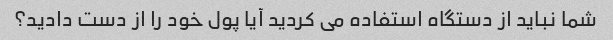
شما نباید از دستگاه استفاده می کردید آیا پول خود را از دست دادید؟